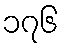
၁၇၆